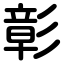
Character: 彰